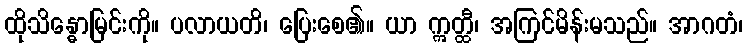
ထိုသိန္ဓောမြင်းကို။ ပလာယတိ၊ ပြေးစေ၏။ ယာ ဣတ္ထီ၊ အကြင်မိန်းမသည်။ အာဂတံ၊